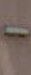
-